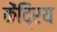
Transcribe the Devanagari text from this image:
केंदि्रय